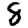
Digit: 8